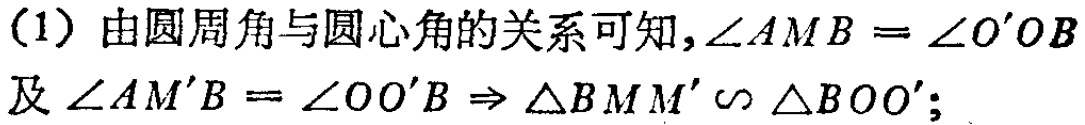
(1) 由圆周角与圆心角的关系可知，\(\angle AMB = \angle O'OB\)及\(\angle AM'B = \angle OO'B\Rightarrow \triangle BMM'\sim \triangle BOO'\)；